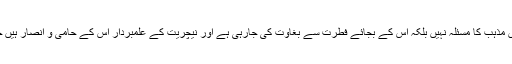
اہم بات یہ ہے کہ اس معاملے میں مذہب کا مسئلہ نہیں بلکہ اس کے بجائے فطرت سے بغاوت کی جارہی ہے اور نیچریت کے علمبردار اس کے حامی و انصار ہیں جب کہ مذہب کے نام لیوا مخالف ۔